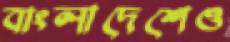
বাংলাদেশেও